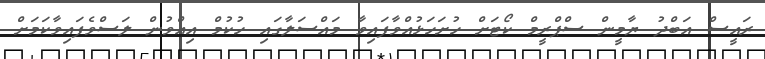
ރައީސް އަބްދު ޔާމީން ސްޕްރީމް ކޯޓަށް ހުށަހަޅުއްވާފައިވާ މައްސަލާގައި ހުކުމް އިއްވުން ލަސްވެފައިވާކަމަށް